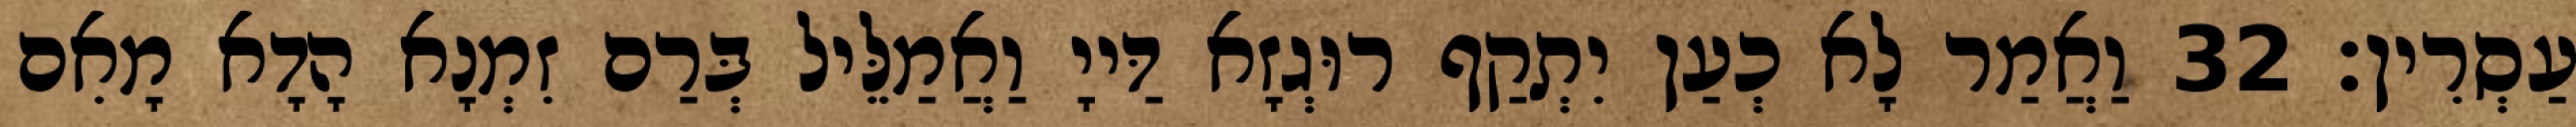
עַסְרִין׃ 32 וַאֲמַר לָא כְעַן יִתְקַף רוּגְזָא דַּייָ וַאֲמַלֵּיל בְּרַם זִמְנָא הָדָא מָאִם